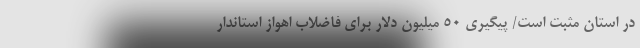
در استان مثبت است/ پیگیری 50 میلیون دلار برای فاضلاب اهواز استاندار